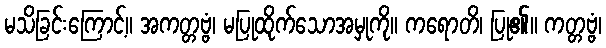
မသိခြင်းကြောင့်။ အကတ္တဗ္ဗံ၊ မပြုထိုက်သောအမှုကို။ ကရောတိ၊ ပြု၏။ ကတ္တဗ္ဗံ၊